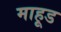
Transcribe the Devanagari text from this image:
माहूड